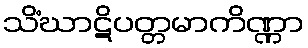
သိံဃာဋိပတ္တမာကိဏ္ဏာ